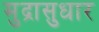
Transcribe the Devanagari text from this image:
मुद्रासुधार